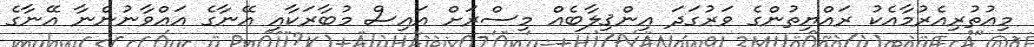
މިއުތުރިއެރުމާއެކު ރައްޔިތުންގެ ވަރުގަދަ އިންޤިލާބެއް މިސްރަށް އައިސް މުބާރަކާއި އޭނާގެ އަޢްވާނުންނާ އޭނާގެ